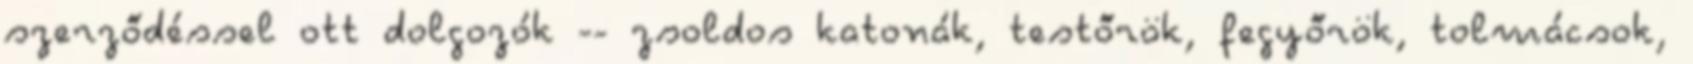
szerződéssel ott dolgozók -- zsoldos katonák, testőrök, fegyőrök, tolmácsok,